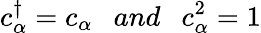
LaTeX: c_{\alpha}^{\dagger}=c_{\alpha}\ \ \ and\ \ \ c_{\alpha}^{2}=1